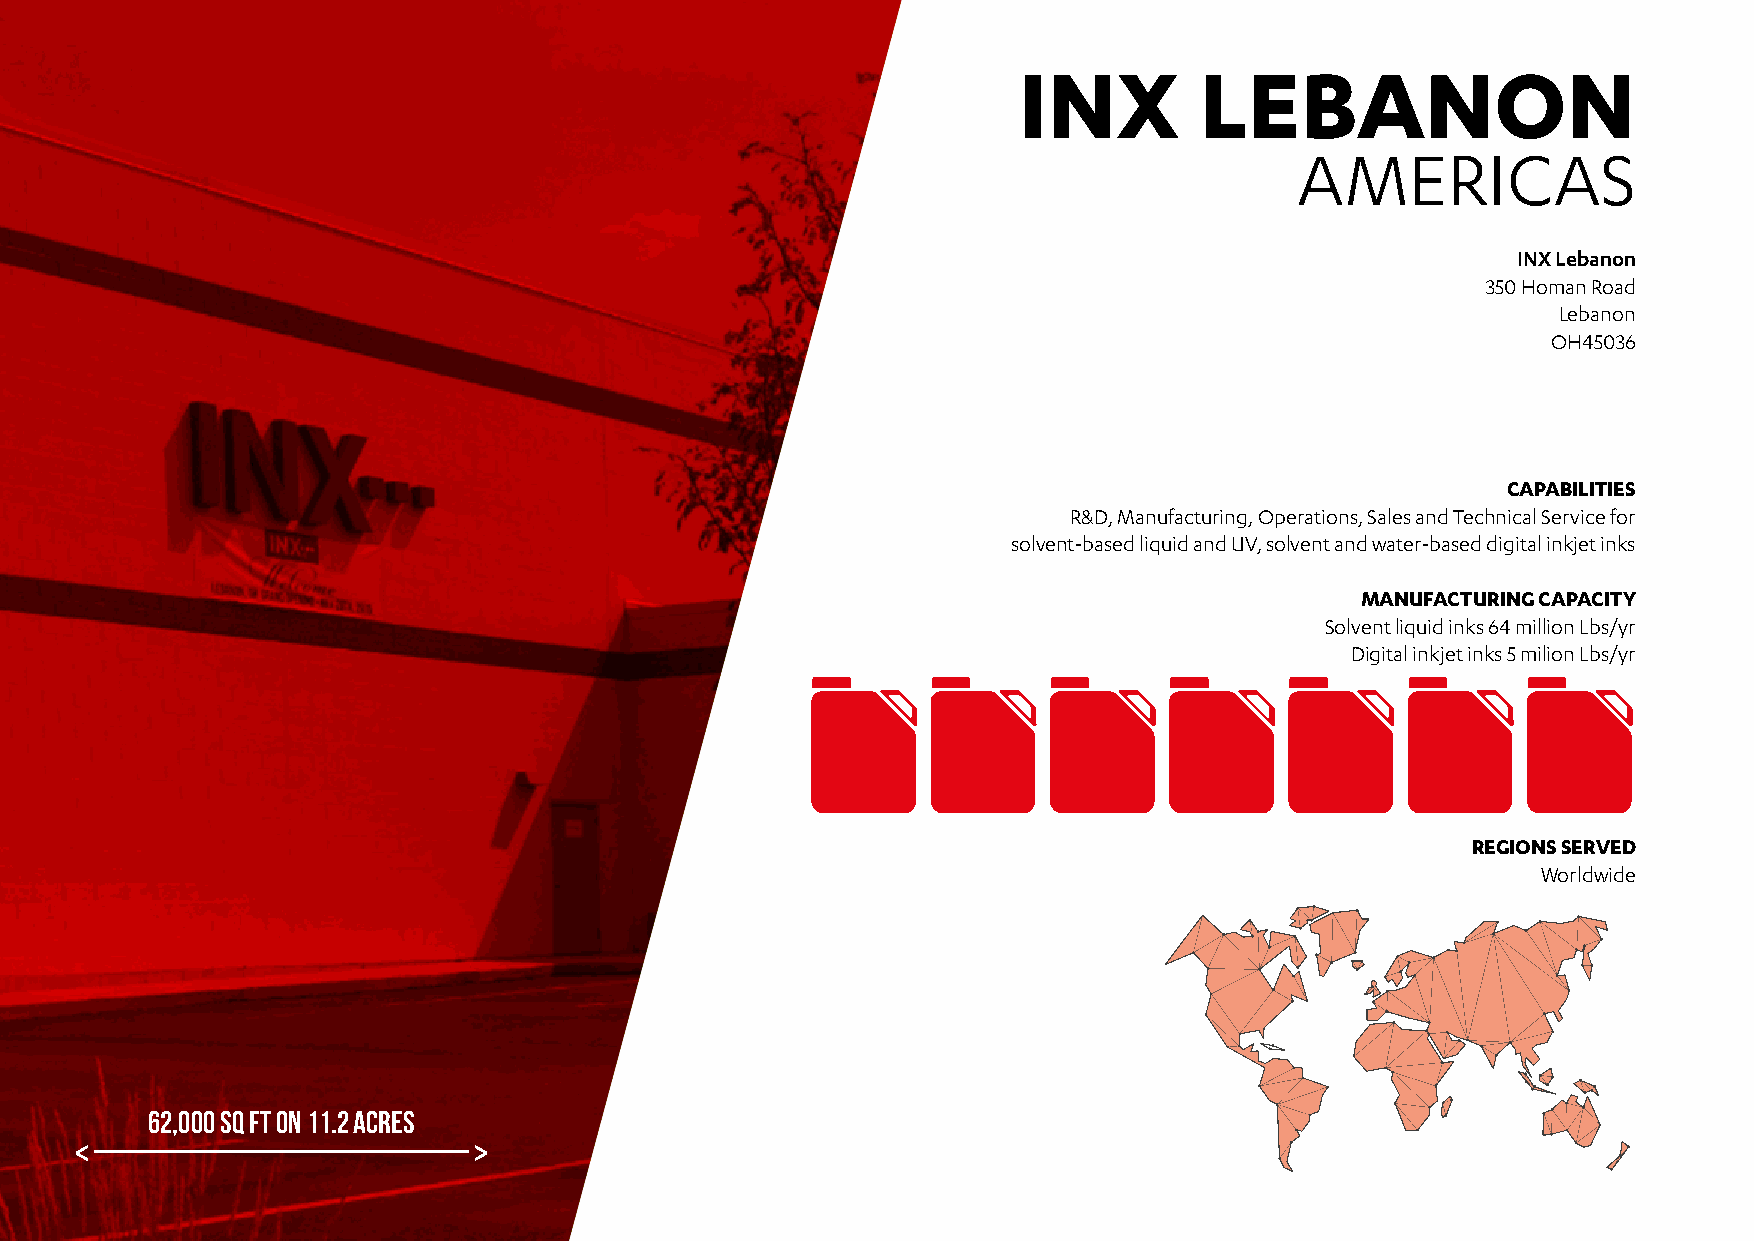
INX         LEBANON
 AMERICAS
 INX Lebanon
 350 Homan Road
 Lebanon
 OH45036
 CAPABILITIES
 R&D, Manufacturing, Operations, Sales and Technical Service for
 solvent-based liquid and UV, solvent and water-based digital inkjet inks
 MANUFACTURING CAPACITY
 Solvent liquid inks 64 million Lbs/yr
 Digital inkjet inks 5 milion Lbs/yr
 REGIONS SERVED
 Worldwide
 62,000 SQ FT ON 11.2 ACRES